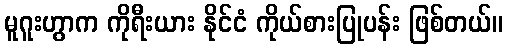
မူဂူးဟွာက ကိုရီးယား နိုင်ငံ ကိုယ်စားပြုပန်း ဖြစ်တယ်။